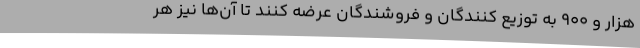
هزار و 900 به توزیع کنندگان و فروشندگان عرضه کنند تا آن‌ها نیز هر